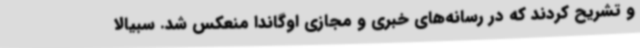
و تشریح کردند که در رسانه‌های خبری و مجازی اوگاندا منعکس شد. سبیالا